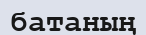
батаның